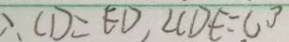
\therefore C D = E D , \angle C D E = 6 0 ^ { \circ }